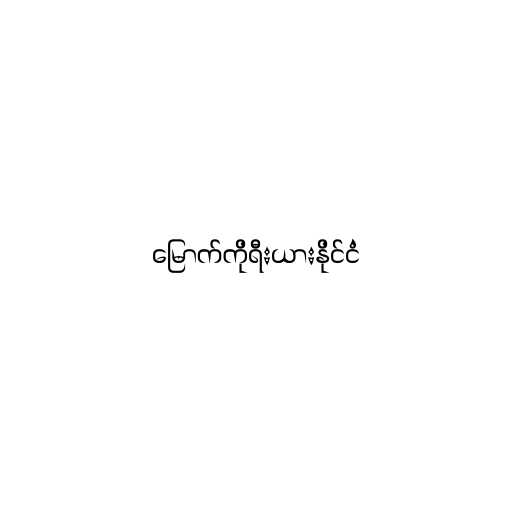
မြောက်ကိုရီးယားနိုင်ငံ